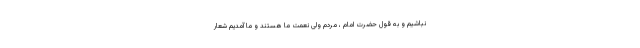
نباشیم و به قول حضرت امام ، مردم ولی نعمت ما هستند و ما آمدیم شعار